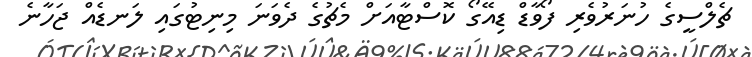
ޗެލްސީގެ ހުނަރުވެރި ފޯވާޑް ޑިއޭގޯ ކޮސްޓާއަށް މެޗުގެ ދެވަނަ މިނިޓުގައި ލަނޑެއް ޖަހާނެ